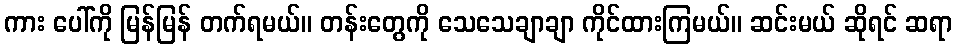
ကား ပေါ်ကို မြန်မြန် တက်ရမယ်။ တန်းတွေကို သေသေချာချာ ကိုင်ထားကြမယ်။ ဆင်းမယ် ဆိုရင် ဆရာ